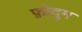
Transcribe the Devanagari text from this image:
फ़ोदुम